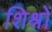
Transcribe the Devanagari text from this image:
शिश्नों